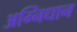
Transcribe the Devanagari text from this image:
अग्निधान